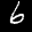
Label: 6